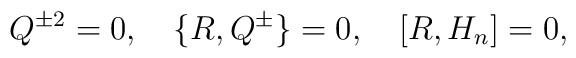
Q^{\pm 2}=0,\quad\{R,Q^\pm\}=0,\quad [R,H_n]=0,